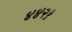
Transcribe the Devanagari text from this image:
४४२१